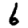
Digit: 6